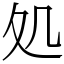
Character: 処